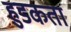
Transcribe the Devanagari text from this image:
हुडकता